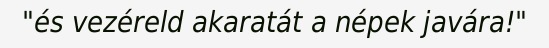
"és vezéreld akaratát a népek javára!"